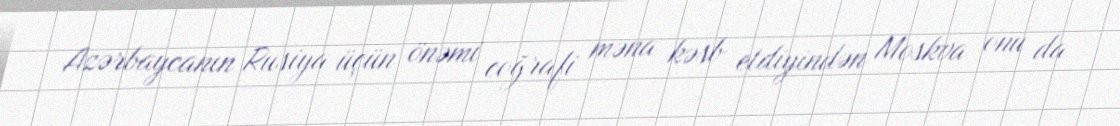
Azərbaycanın Rusiya üçün önəmi coğrafi məna kəsb etdiyindən Moskva onu da